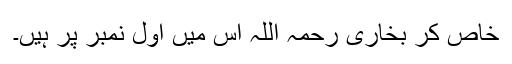
خاص کر بخاری رحمہ اللہ اس میں اول نمبر پر ہیں۔